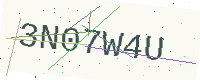
Text: 3N07W4U